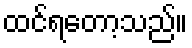
ထင်ရတော့သည်။